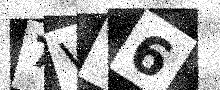
Text: 7VV6